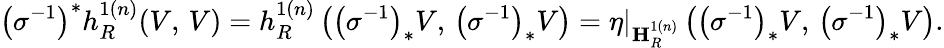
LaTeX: \left(\sigma^{-1}\right)^{*}h_{R}^{1(n)}(V,\, V)=h_{R}^{1(n)}\left(\left(\sigma^{-1}\right)_{*}V,\, \left(\sigma^{-1}\right)_{*}V\right)=\eta|_{\mathbf{H}_{R}^{1(n)}}\left(\left(\sigma^{-1}\right)_{*}V,\, \left(\sigma^{-1}\right)_{*}V\right).